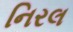
નિરલ